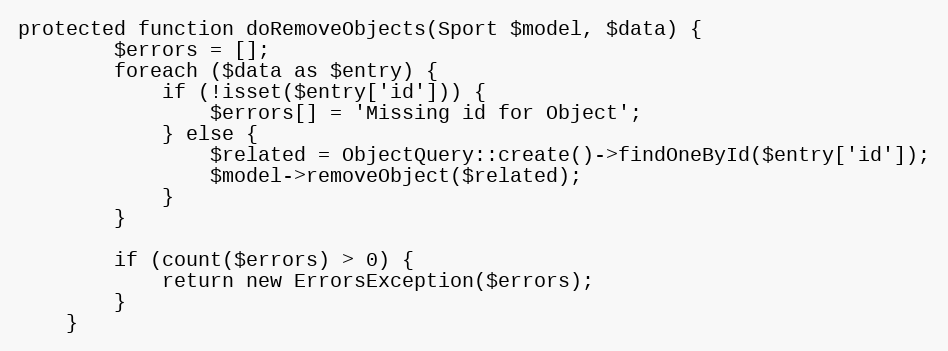
Language: PHP
protected function doRemoveObjects(Sport $model, $data) {
		$errors = [];
		foreach ($data as $entry) {
			if (!isset($entry['id'])) {
				$errors[] = 'Missing id for Object';
			} else {
				$related = ObjectQuery::create()->findOneById($entry['id']);
				$model->removeObject($related);
			}
		}

		if (count($errors) > 0) {
			return new ErrorsException($errors);
		}
	}